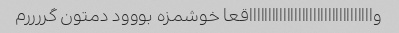
واااااااااااااااااااااااااااااااااقعا خوشمزه بووود دمتون گررررم